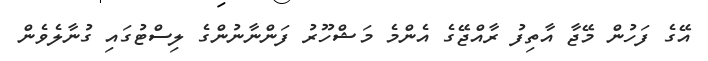
އޭގެ ފަހުން މޭޖާ އާތިފު ރާއްޖޭގެ އެންމެ މަޝްހޫރު ފަންނާނުންގެ ލިސްޓުގައި ގުނާލެވެން